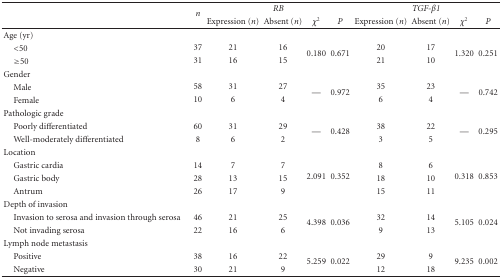
<table><thead><tr><td rowspan="2"></td><td rowspan="2"><b><i>n</i></b></td><td colspan="4"><b><i>RB</i></b></td><td colspan="4"><b><i>TGF-<i>β</i>1</i></b></td></tr><tr><td><b>Expression (<i>n</i>)</b></td><td><b>Absent (<i>n</i>)</b></td><td><b><i>χ</i><sup>2</sup></b></td><td><b><i>P</i></b></td><td><b>Expression (<i>n</i>)</b></td><td><b>Absent (<i>n</i>)</b></td><td><b><i>χ</i><sup>2</sup></b></td><td><b><i>P</i></b></td></tr></thead><tbody><tr><td>Age (yr)</td><td> </td><td> </td><td> </td><td> </td><td> </td><td> </td><td> </td><td> </td><td> </td></tr><tr><td> &lt;50</td><td>37</td><td>21</td><td>16</td><td rowspan="2">0.180</td><td rowspan="2">0.671</td><td>20</td><td>17</td><td rowspan="2">1.320</td><td rowspan="2">0.251</td></tr><tr><td> ≥50</td><td>31</td><td>16</td><td>15</td><td>21</td><td>10</td></tr><tr><td>Gender</td><td> </td><td> </td><td> </td><td> </td><td> </td><td> </td><td> </td><td> </td><td> </td></tr><tr><td> Male</td><td>58</td><td>31</td><td>27</td><td rowspan="2">—</td><td rowspan="2">0.972</td><td>35</td><td>23</td><td rowspan="2">—</td><td rowspan="2">0.742</td></tr><tr><td> Female</td><td>10</td><td>6</td><td>4</td><td>6</td><td>4</td></tr><tr><td>Pathologic grade</td><td> </td><td> </td><td> </td><td> </td><td> </td><td> </td><td> </td><td> </td><td> </td></tr><tr><td> Poorly differentiated </td><td>60</td><td>31</td><td>29</td><td rowspan="2">—</td><td rowspan="2">0.428</td><td>38</td><td>22</td><td rowspan="2">—</td><td rowspan="2">0.295</td></tr><tr><td> Well-moderately differentiated </td><td>8</td><td>6</td><td>2</td><td>3</td><td>5</td></tr><tr><td>Location </td><td> </td><td> </td><td> </td><td> </td><td> </td><td> </td><td> </td><td> </td><td> </td></tr><tr><td> Gastric cardia</td><td>14</td><td>7</td><td>7</td><td rowspan="3">2.091</td><td rowspan="3">0.352</td><td>8</td><td>6</td><td rowspan="3">0.318</td><td rowspan="3">0.853</td></tr><tr><td> Gastric body</td><td>28</td><td>13</td><td>15</td><td>18</td><td>10</td></tr><tr><td> Antrum</td><td>26</td><td>17</td><td>9</td><td>15</td><td>11</td></tr><tr><td>Depth of invasion</td><td> </td><td> </td><td> </td><td> </td><td> </td><td> </td><td> </td><td> </td><td> </td></tr><tr><td> Invasion to serosa and invasion through serosa</td><td>46</td><td>21</td><td>25</td><td rowspan="2">4.398</td><td rowspan="2">0.036</td><td>32</td><td>14</td><td rowspan="2">5.105</td><td rowspan="2">0.024</td></tr><tr><td> Not invading serosa</td><td>22</td><td>16</td><td>6</td><td>9</td><td>13</td></tr><tr><td>Lymph node metastasis</td><td> </td><td> </td><td> </td><td> </td><td> </td><td> </td><td> </td><td> </td><td> </td></tr><tr><td> Positive</td><td>38</td><td>16</td><td>22</td><td rowspan="2">5.259</td><td rowspan="2">0.022</td><td>29</td><td>9</td><td rowspan="2">9.235</td><td rowspan="2">0.002</td></tr><tr><td> Negative</td><td>30</td><td>21</td><td>9</td><td>12</td><td>18</td></tr></tbody></table>